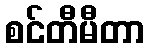
စင်တီမီတာ